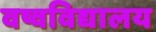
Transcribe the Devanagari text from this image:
वष्वविद्यालय